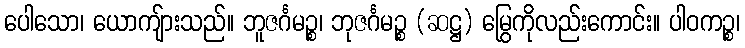
ပေါသော၊ ယောကျ်ားသည်။ ဘူဇင်္ဂမဉ္စ၊ ဘုဇင်္ဂမဉ္စ (ဆဋ္ဌ) မြွေကိုလည်းကောင်း။ ပါဝကဉ္စ၊